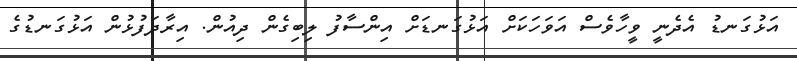
އަޅުގަނޑު އެދެނީ ވީހާވެސް އަވަހަކަށް އަޅުގަނޑަށް އިންސާފު ލިބިގެން ދިއުން. އިރާދަފުޅުން އަޅުގަނޑުގެ